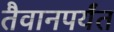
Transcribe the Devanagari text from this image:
तैवानपर्यंत